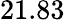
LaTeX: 21.83